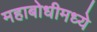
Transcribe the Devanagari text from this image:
महाबोधीमध्ये